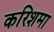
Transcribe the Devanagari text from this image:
करिशमा